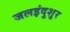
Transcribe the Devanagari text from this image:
जलइंदुशुर